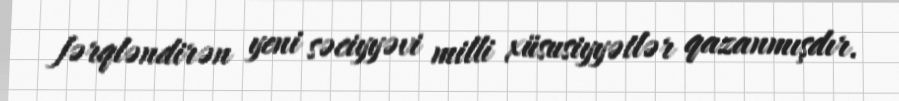
fərqləndirən yeni səciyyəvi milli xüsusiyyətlər qazanmışdır.